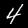
Digit: 4